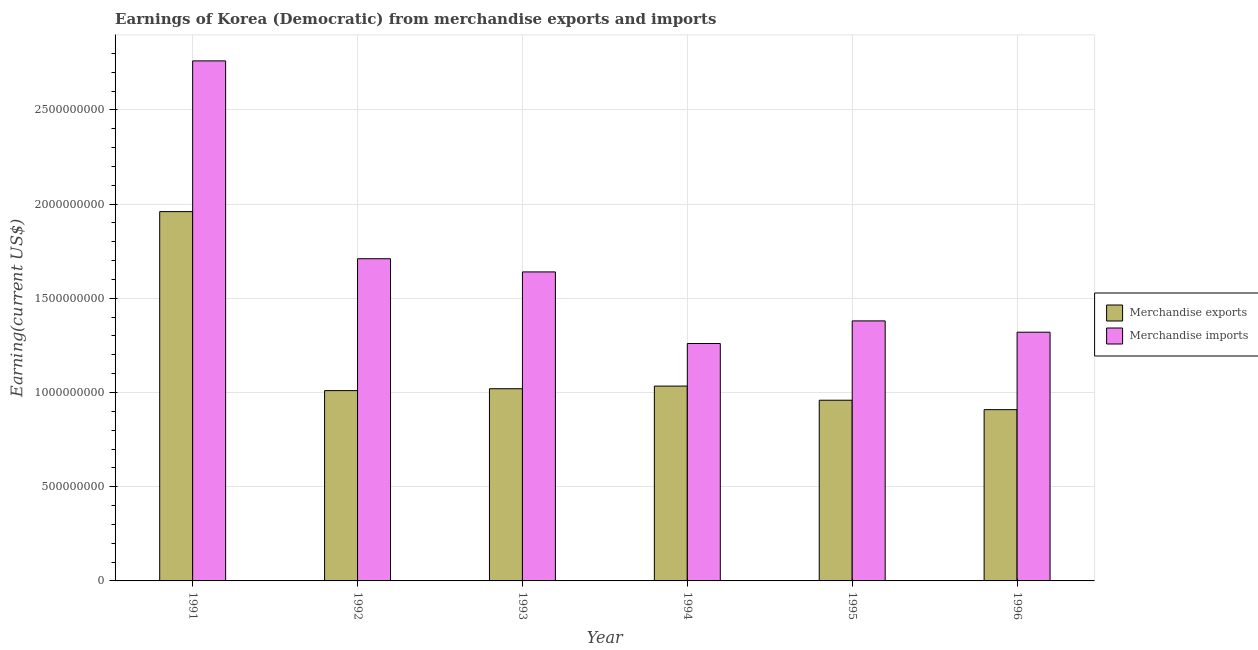
| Year | Merchandise exports | Merchandise imports |
 | --- | --- | --- |
 | 1991 | 1.96e+09 | 2.76e+09 |
 | 1992 | 1.01e+09 | 1.71e+09 |
 | 1993 | 1.02e+09 | 1.64e+09 |
 | 1994 | 1.03e+09 | 1.26e+09 |
 | 1995 | 9.59e+08 | 1.38e+09 |
 | 1996 | 9.09e+08 | 1.32e+09 |